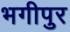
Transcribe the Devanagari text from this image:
भगीपुर